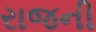
રાજની